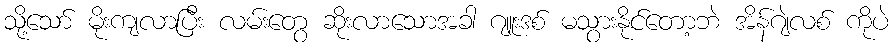
သို့သော် မိုးကျလာပြီး လမ်းတွေ ဆိုးလာသောအခါ ဂျူးဒစ် မသွားနိုင်တော့ဘဲ အိန်ဂျဲလစ် ကိုပဲ